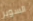
السوبر